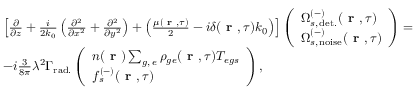
\begin{array} { r l } & { \left[ \frac { \partial } { \partial z } + \frac { i } { 2 k _ { 0 } } \left( \frac { \partial ^ { 2 } } { \partial x ^ { 2 } } + \frac { \partial ^ { 2 } } { \partial y ^ { 2 } } \right) + \left( \frac { \mu ( \textbf { r } , \tau ) } { 2 } - i \delta ( \textbf { r } , \tau ) k _ { 0 } \right) \right] \left( \begin{array} { l } { \Omega _ { s , \, \mathrm { d e t . } } ^ { ( - ) } ( \textbf { r } , \tau ) } \\ { \Omega _ { s , \, \mathrm { n o i s e } } ^ { ( - ) } ( \textbf { r } , \tau ) } \end{array} \right) = } \\ & { - i \frac { 3 } { 8 \pi } \lambda ^ { 2 } \Gamma _ { \mathrm { r a d . } } \left( \begin{array} { l } { n ( \textbf { r } ) \sum _ { g , \, e } \rho _ { g e } ( \textbf { r } , \tau ) T _ { e g s } } \\ { f _ { s } ^ { ( - ) } ( \textbf { r } , \tau ) } \end{array} \right) , } \end{array}